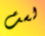
لست